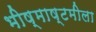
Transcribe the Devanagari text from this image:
भीष्माष्टमीला